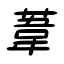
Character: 葦